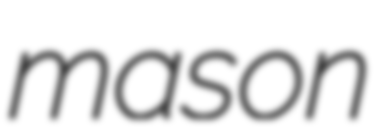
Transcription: mason